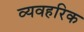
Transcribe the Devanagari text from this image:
व्यवहरिक